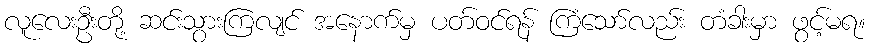
လူလေးဦးတို့ ဆင်းသွားကြလျင် အနောက်မှ ပတ်ဝင်ရန် ကြံသော်လည်း တံခါးမှာ ဖွင့်မရ။